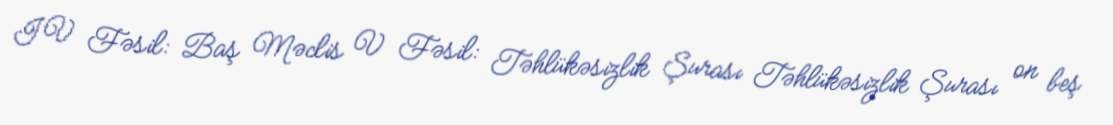
IV Fəsil: Baş Məclis V Fəsil: Təhlükəsizlik Şurası Təhlükəsizlik Şurası on beş